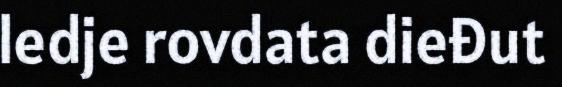
ledje rovdata dieđut